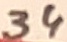
Text: 34